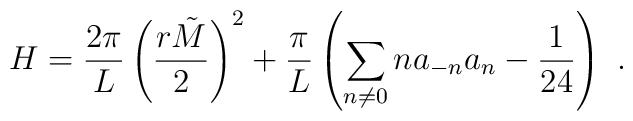
H=\frac{2\pi }{L}\left( \frac{r\tilde{M}}{2}\right) ^{2}+\frac{\pi}{L}\left( \sum _{n\neq 0}na_{-n}a_{n}-\frac{1}{24}\right)\ .